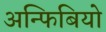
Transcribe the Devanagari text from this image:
अन्फिबियो